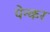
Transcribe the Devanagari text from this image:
पेन्कर